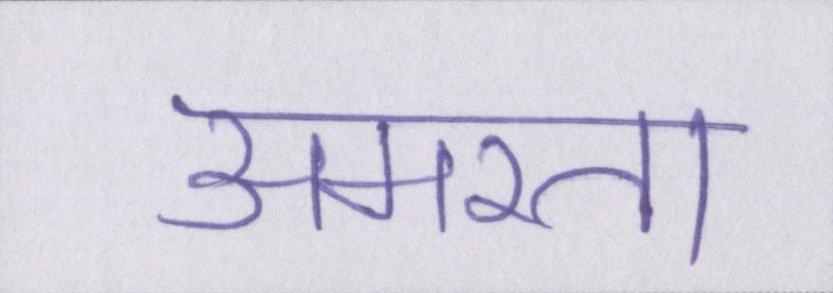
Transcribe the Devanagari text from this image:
अमरता